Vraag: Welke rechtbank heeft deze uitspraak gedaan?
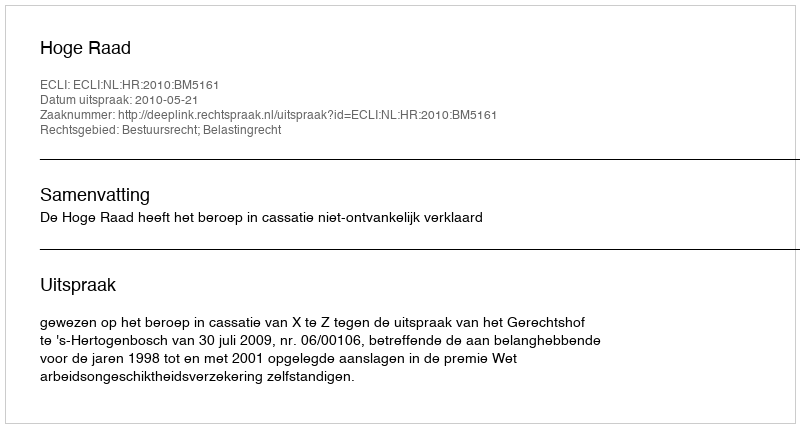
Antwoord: Hoge Raad